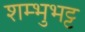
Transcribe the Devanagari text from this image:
शम्भुभट्ट